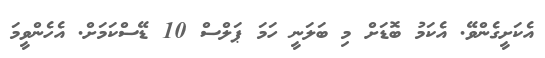
އެކަށީގެންވޭ. އެކަމު ބޮޑަށް މި ބަލަނީ ހަމަ ޕަލްސް 10 ޑޭސްކަމަށް. އެހެންވީމަ